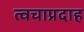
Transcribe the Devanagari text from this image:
त्वचाप्रदाह